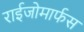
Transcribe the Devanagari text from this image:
राईजोमार्फस